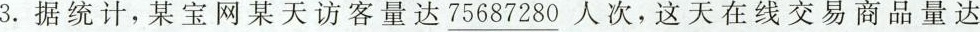
3.据统计，某宝网某天访客量达\underline{75687280}人次，这天在线交易商品量达